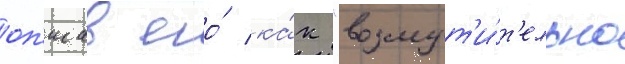
оп'исав его́ ка́к "возмут'и́т'ельно